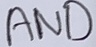
Text: AND